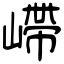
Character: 嵽